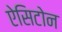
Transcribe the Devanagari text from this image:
ऐसिटोन